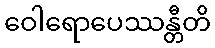
ဝေါရောပေဿန္တီတိ